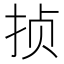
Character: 𱟸